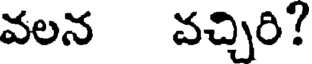
వలన వచ్చిరి?